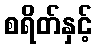
စရိတ်နှင့်